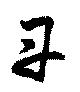
丹